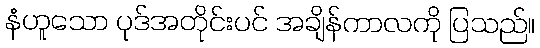
နံဟူသော ပုဒ်အတိုင်းပင် အချိန်ကာလကို ပြသည်။